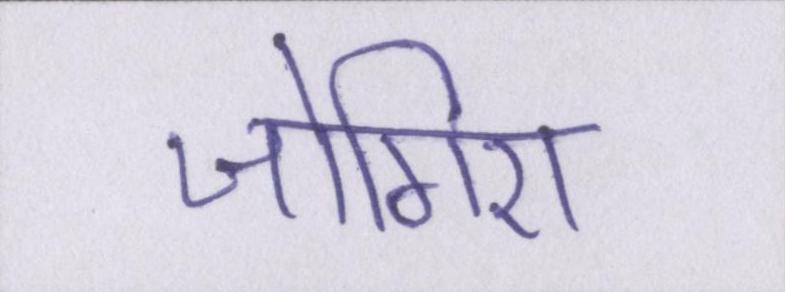
जोगिरा